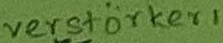
Text: verstärker1